Lunatic asylums Central Provinces reports 1895-1909 - 1895-1909
Year: 1895
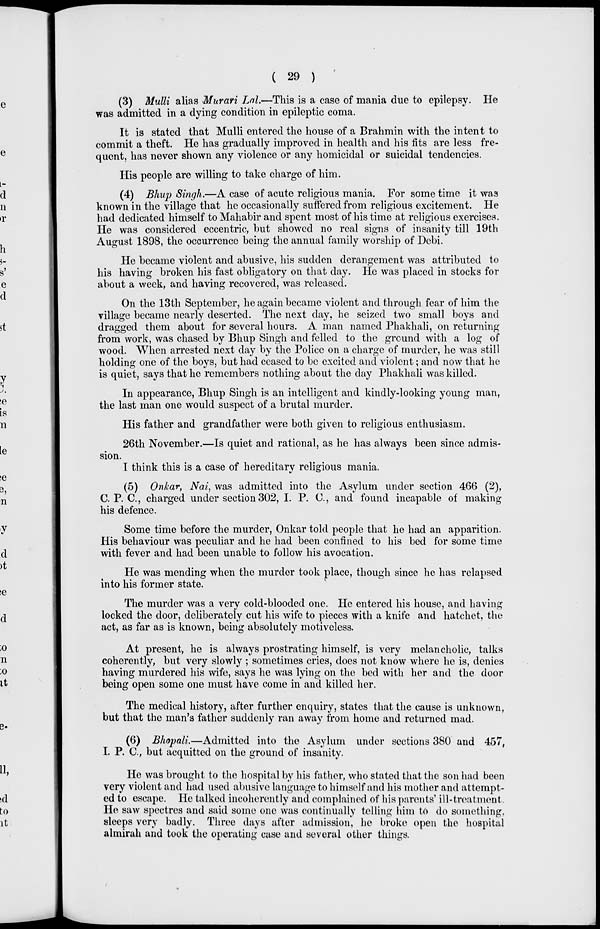
( 29 )
(3) Mulli alias Murari Lal.—This is a case of mania due to epilepsy. He
was admitted in a dying condition in epileptic coma.
It is stated that Mulli entered the house of a Brahmin with the intent to
commit a theft. He has gradually improved in health and his fits are less fre-
quent, has never shown any violence or any homicidal or suicidal tendencies.
His people are willing to take charge of him.
(4) Bhup Singh.—A case of acute religious mania. For some time it was
known in the village that he occasionally suffered from religious excitement. He
had dedicated himself to Mahabir and spent most of his time at religious exercises.
He was considered eccentric, but showed no real signs of insanity till 19th
August 1898, the occurrence being the annual family worship of Debi.
He became violent and abusive, his sudden derangement was attributed to
his having broken his fast obligatory on that day. He was placed in stocks for
about a week, and having recovered, was released.
On the 13th September, he again became violent and through fear of him the
village became nearly deserted. The next day, he seized two small boys and
dragged them about for several hours. A man named Phakhali, on returning
from work, was chased by Bhup Singh and felled to the ground with a log of
wood. When arrested next day by the Police on a charge of murder, he was still
holding one of the boys, but had ceased to be excited and violent ; and now that he
is quiet, says that he remembers nothing about the day Phakhali was killed.
In appearance, Bhup Singh is an intelligent and kindly-looking young man,
the last man one would suspect of a brutal murder.
His father and grandfather were both given to religious enthusiasm.
26th November.—Is quiet and rational, as he has always been since admis-
sion.
I think this is a case of hereditary religious mania.
(5) Onkar, Nai, was admitted into the Asylum under section 466 (2),
C. P. C., charged under section 302, I. P. C., and found incapable of making
his defence.
Some time before the murder, Onkar told people that he had an apparition.
His behaviour was peculiar and he had been confined to his bed for some time
with fever and had been unable to follow his avocation.
He was mending when the murder took place, though since he has relapsed
into his former state.
The murder was a very cold-blooded one. He entered his house, and having
locked the door, deliberately cut his wife to pieces with a knife and hatchet, the
act, as far as is known, being absolutely motiveless.
At present, he is always prostrating himself, is very melancholic, talks
coherently, but very slowly ; sometimes cries, does not know where he is, denies
having murdered his wife, says he was lying on the bed with her and the door
being open some one must have come in and killed her.
The medical history, after further enquiry, states that the cause is unknown,
but that the man's father suddenly ran away from home and returned mad.
(6) Bhopali.—Admitted into the Asylum under sections 380 and 457,
I. P. C., but acquitted on the ground of insanity.
He was brought to the hospital by his father, who stated that the son had been
very violent and had used abusive language to himself and his mother and attempt-
ed to escape. He talked incoherently and complained of his parents' ill-treatment.
He saw spectres and said some one was continually telling him to do something,
sleeps very badly. Three days after admission, he broke open the hospital
almirah and took the operating case and several other things.